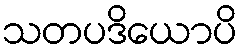
သတပဒိယောပိ